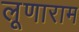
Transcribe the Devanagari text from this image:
लूणाराम